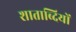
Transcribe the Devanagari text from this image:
शाताब्दियों